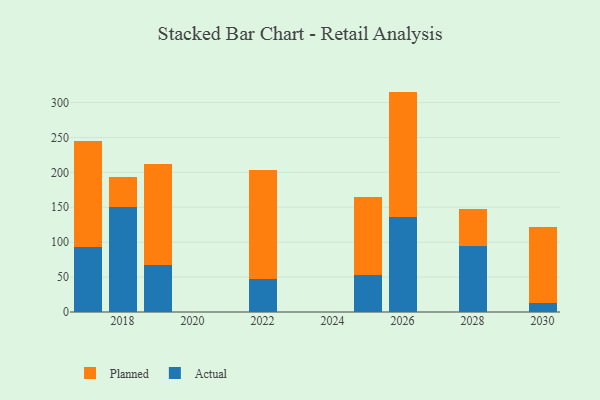
{"axis": {"x": "Year", "y": "Waste Production (Tons)"}, "legend": ["Actual", "Planned"], "data": [{"x": "2026", "y": 136.6, "type": "Actual"}, {"x": "2026", "y": 179.1, "type": "Planned"}, {"x": "2019", "y": 67.6, "type": "Actual"}, {"x": "2019", "y": 144.4, "type": "Planned"}, {"x": "2030", "y": 13.2, "type": "Actual"}, {"x": "2030", "y": 108.2, "type": "Planned"}, {"x": "2025", "y": 53.6, "type": "Actual"}, {"x": "2025", "y": 111.0, "type": "Planned"}, {"x": "2022", "y": 46.7, "type": "Actual"}, {"x": "2022", "y": 157.3, "type": "Planned"}, {"x": "2028", "y": 94.7, "type": "Actual"}, {"x": "2028", "y": 52.9, "type": "Planned"}, {"x": "2018", "y": 150.9, "type": "Actual"}, {"x": "2018", "y": 42.5, "type": "Planned"}, {"x": "2017", "y": 93.3, "type": "Actual"}, {"x": "2017", "y": 151.3, "type": "Planned"}]}